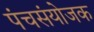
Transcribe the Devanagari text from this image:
पंचसंयोजक